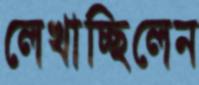
লেখাচ্ছিলেন